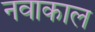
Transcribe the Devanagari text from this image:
नवाकाल